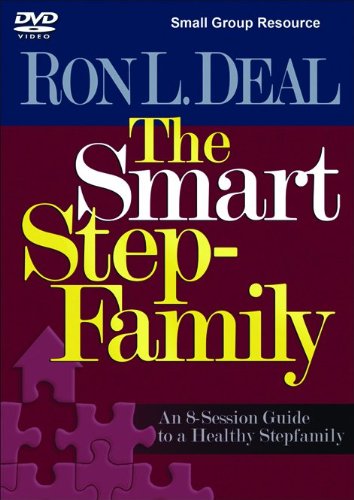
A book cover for The Smart Stepfamily Small Group Resource DVD: An 8 Session Guide to a Healthy Stepfamily; Ron L. Deal; Parenting & Relationships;